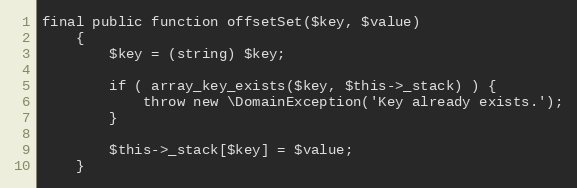
Language: PHP
final public function offsetSet($key, $value)
	{
		$key = (string) $key;

		if ( array_key_exists($key, $this->_stack) ) {
			throw new \DomainException('Key already exists.');
		}

		$this->_stack[$key] = $value;
	}